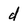
Character: d